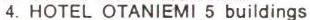
4. HOTEL OTANIEMI 5 buildings